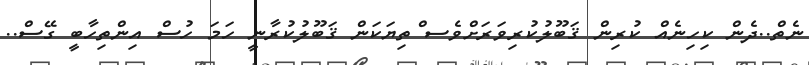
ނެތް..ދެން ކިހިނެއް ކުރިން ޤަބޫލުކުރިވަރަށްވެސ ްތިޔަކަން ޤަބޫލުކުރާނީ ހަމަ ހުސް އިންތިހާބީ ގޭސް..